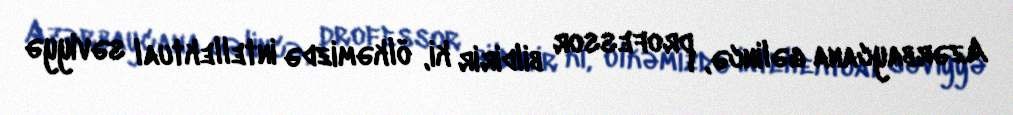
Azərbaycana gəlincə, professor bildirir ki, ölkəmizdə intellektual səviyyə